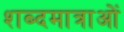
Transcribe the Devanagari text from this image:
शब्दमात्राओं